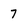
Character: 7